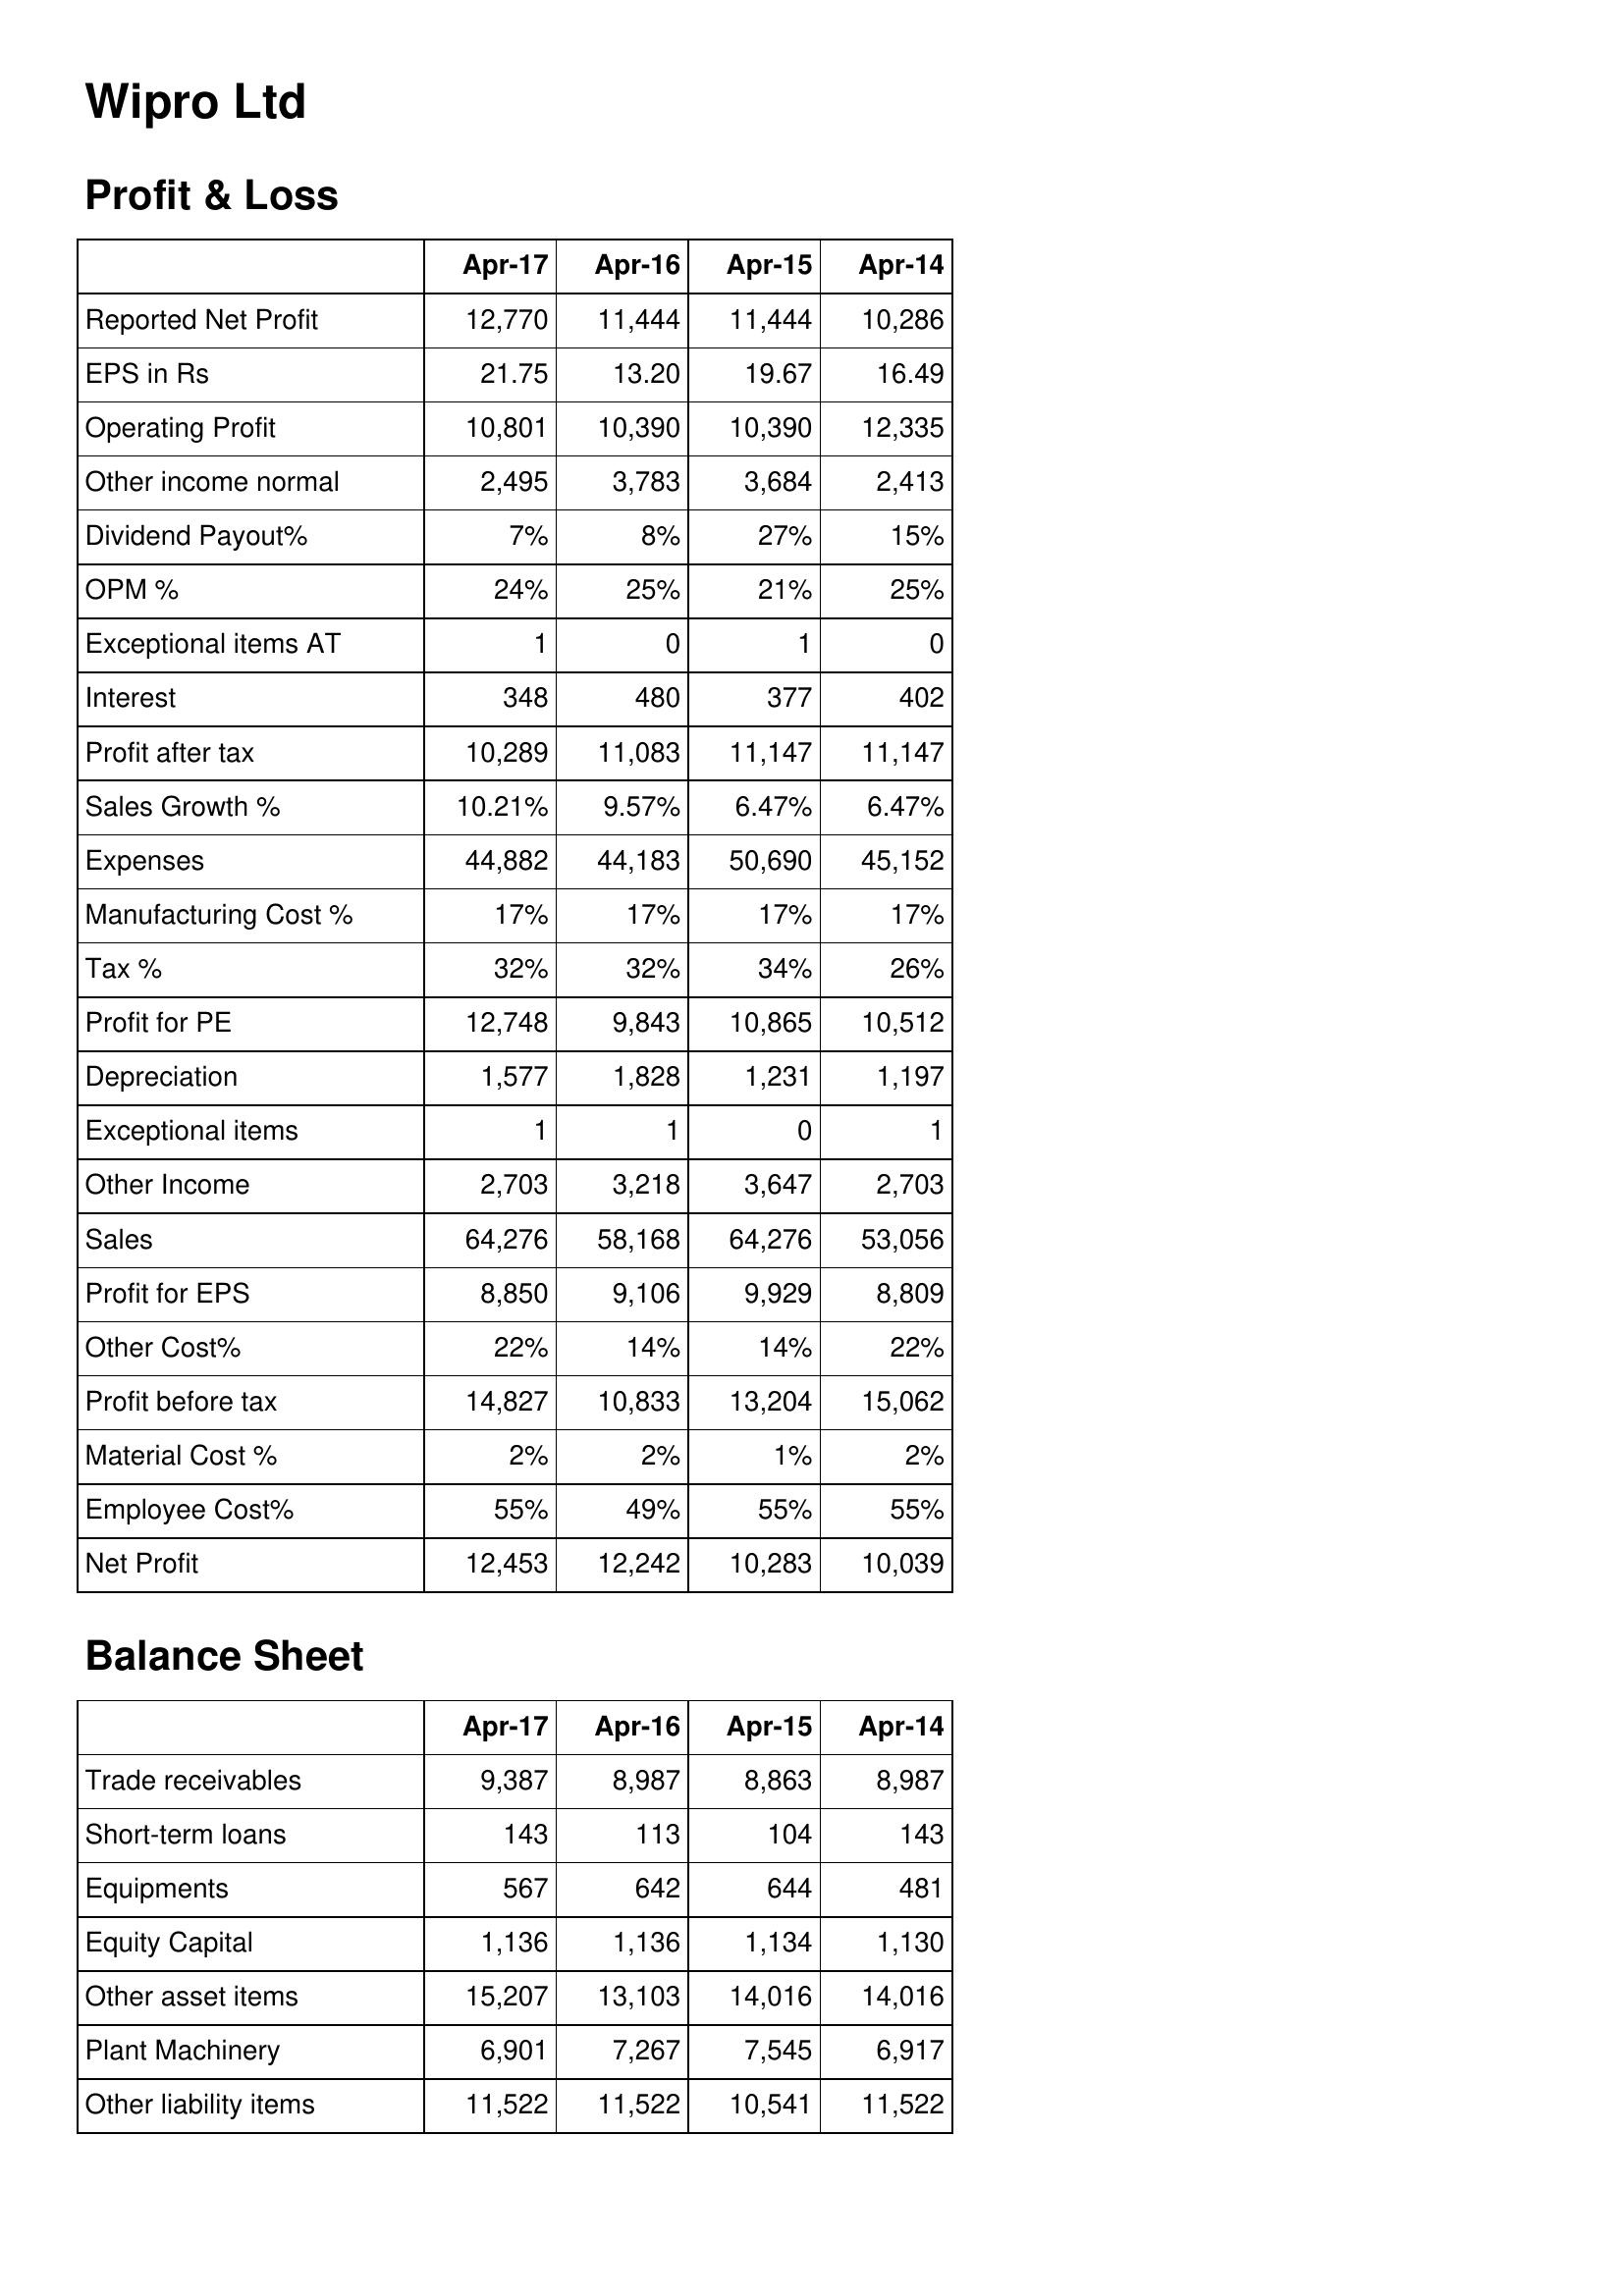
Apr-17: Profit & Loss: Reported Net Profit: 12,770
EPS in Rs: 21.75
Operating Profit: 10,801
Other income normal: 2,495
Dividend Payout%: 7%
OPM %: 24%
Exceptional items AT: 1
Interest: 348
Profit after tax: 10,289
Sales Growth %: 10.21%
Expenses: 44,882
Manufacturing Cost %: 17%
Tax %: 32%
Profit for PE: 12,748
Depreciation: 1,577
Exceptional items: 1
Other Income: 2,703
Sales: 64,276
Profit for EPS: 8,850
Other Cost%: 22%
Profit before tax: 14,827
Material Cost %: 2%
Employee Cost%: 55%
Net Profit: 12,453
Balance Sheet: Trade receivables: 9,387
Short-term loans: 143
Equipments: 567
Equity Capital: 1,136
Other asset items: 15,207
Plant Machinery: 6,901
Other liability items: 11,522
Apr-16: Profit & Loss: Reported Net Profit: 11,444
EPS in Rs: 13.20
Operating Profit: 10,390
Other income normal: 3,783
Dividend Payout%: 8%
OPM %: 25%
Exceptional items AT: 0
Interest: 480
Profit after tax: 11,083
Sales Growth %: 9.57%
Expenses: 44,183
Manufacturing Cost %: 17%
Tax %: 32%
Profit for PE: 9,843
Depreciation: 1,828
Exceptional items: 1
Other Income: 3,218
Sales: 58,168
Profit for EPS: 9,106
Other Cost%: 14%
Profit before tax: 10,833
Material Cost %: 2%
Employee Cost%: 49%
Net Profit: 12,242
Balance Sheet: Trade receivables: 8,987
Short-term loans: 113
Equipments: 642
Equity Capital: 1,136
Other asset items: 13,103
Plant Machinery: 7,267
Other liability items: 11,522
Apr-15: Profit & Loss: Reported Net Profit: 11,444
EPS in Rs: 19.67
Operating Profit: 10,390
Other income normal: 3,684
Dividend Payout%: 27%
OPM %: 21%
Exceptional items AT: 1
Interest: 377
Profit after tax: 11,147
Sales Growth %: 6.47%
Expenses: 50,690
Manufacturing Cost %: 17%
Tax %: 34%
Profit for PE: 10,865
Depreciation: 1,231
Exceptional items: 0
Other Income: 3,647
Sales: 64,276
Profit for EPS: 9,929
Other Cost%: 14%
Profit before tax: 13,204
Material Cost %: 1%
Employee Cost%: 55%
Net Profit: 10,283
Balance Sheet: Trade receivables: 8,863
Short-term loans: 104
Equipments: 644
Equity Capital: 1,134
Other asset items: 14,016
Plant Machinery: 7,545
Other liability items: 10,541
Apr-14: Profit & Loss: Reported Net Profit: 10,286
EPS in Rs: 16.49
Operating Profit: 12,335
Other income normal: 2,413
Dividend Payout%: 15%
OPM %: 25%
Exceptional items AT: 0
Interest: 402
Profit after tax: 11,147
Sales Growth %: 6.47%
Expenses: 45,152
Manufacturing Cost %: 17%
Tax %: 26%
Profit for PE: 10,512
Depreciation: 1,197
Exceptional items: 1
Other Income: 2,703
Sales: 53,056
Profit for EPS: 8,809
Other Cost%: 22%
Profit before tax: 15,062
Material Cost %: 2%
Employee Cost%: 55%
Net Profit: 10,039
Balance Sheet: Trade receivables: 8,987
Short-term loans: 143
Equipments: 481
Equity Capital: 1,130
Other asset items: 14,016
Plant Machinery: 6,917
Other liability items: 11,522